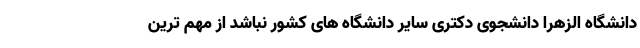
دانشگاه الزهرا دانشجوی دکتری سایر دانشگاه های کشور نباشد از مهم ترین